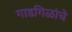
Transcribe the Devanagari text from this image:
गाडगिळांचे